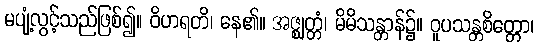
မပျံ့လွင့်သည်ဖြစ်၍။ ဝိဟရတိ၊ နေ၏။ အဇ္ဈတ္တံ၊ မိမိသန္တာန်၌။ ဝူပသန္တစိတ္တော၊